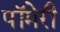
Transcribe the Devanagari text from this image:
पॉमेरी